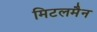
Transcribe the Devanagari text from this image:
मिटलमैन